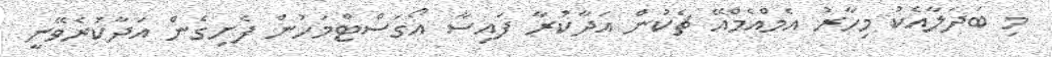
މި ބަދަލާއެކު މިހާރު އެމްއެމްއޭ ޗެކުން އަދާކުރާ ފައިސާ އޯގަސްޓްމަހުން ފެށިގެން އަދާކުރެވޭނީ